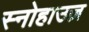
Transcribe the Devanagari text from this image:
स्नोहाउज़